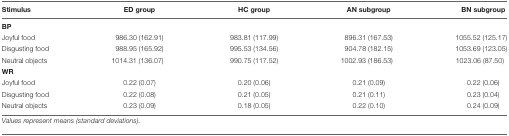
| Stimulus | ED group | HC group | AN subgroup | BN subgroup |
 | --- | --- | --- | --- | --- |
 | BP |
 | Joyful food | 986.30 (162.91) | 983.81 (117.99) | 896.31 (167.53) | 1055.52 (125.17) |
 | Disgusting food | 988.95 (165.92) | 995.53 (134.56) | 904.78 (182.15) | 1053.69 (123.05) |
 | Neutral objects | 1014.31 (136.07) | 990.75 (117.52) | 1002.93 (186.53) | 1023.06 (87.50) |
 | WR |
 | Joyful food | 0.22 (0.07) | 0.20 (0.06) | 0.21 (0.09) | 0.22 (0.06) |
 | Disgusting food | 0.22 (0.08) | 0.21 (0.05) | 0.21 (0.11) | 0.23 (0.04) |
 | Neutral objects | 0.23 (0.09) | 0.18 (0.05) | 0.22 (0.10) | 0.24 (0.09) |